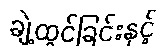
ချဲ့ထွင်ခြင်းနှင့်